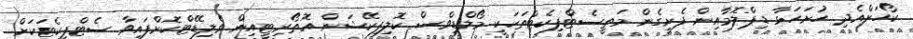
ކޯހަށްއެދި ހުށަހަޅާ ޑިޕްލޮމާއިން ފެށިގެން މަތީސެޓްފިކެޓްތަކަކީ މޯލްޑިވްސް ކޮލިފިކޭޝަން އޮތޯރިޓީއިން ވެލިޑޭޓްކޮށްފައިވާ ސެޓްފިކެޓަކަށް